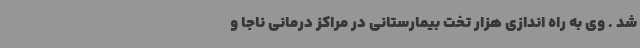
شد . وی به راه اندازی هزار تخت بیمارستانی در مراکز درمانی ناجا و